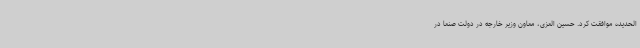
الحدیده موافقت کرد. حسین العزی، معاون وزیر خارجه در دولت صنعا در